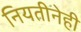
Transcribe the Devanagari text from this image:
नियतीनेही